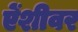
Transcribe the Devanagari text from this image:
ऐंशीवर